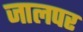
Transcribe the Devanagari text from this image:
जालपर